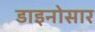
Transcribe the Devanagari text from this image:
डाइनोसार